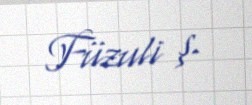
Füzuli ş.